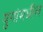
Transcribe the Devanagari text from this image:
युगांमधील